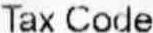
TAX CODE